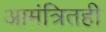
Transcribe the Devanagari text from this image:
आमंत्रितही